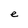
Character: e